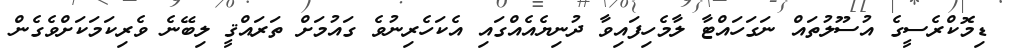
ޑިމޮކްރެސީގެ އުސޫލުތައް ނަގަހައްޓާ ލާމެހިފައިވާ ދުނިޔެއެއްގައި އެކަހެރިނުވެ ގައުމަށް ތަރައްޤީ ލިބޭނެ ވެރިކަމަކަށްވެގެން